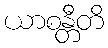
ယာစန္တီတိ